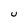
Character: U